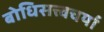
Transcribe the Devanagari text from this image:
बोधिसत्त्वचर्या